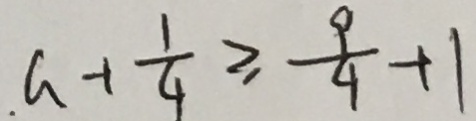
a + \frac { 1 } { 4 } \geq \frac { 9 } { 4 } + 1